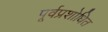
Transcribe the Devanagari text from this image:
पूर्वप्रशोधित